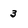
Character: 3